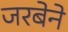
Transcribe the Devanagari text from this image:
जरबेने